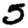
Digit: 5